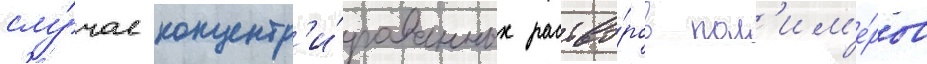
слу́чае концентр'и́рованных раство́ров пол'им'е́ров